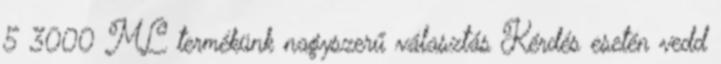
5 3000 ML termékünk nagyszerű választás Kérdés esetén vedd